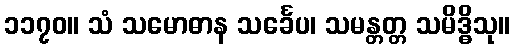
၁၁၇၀။ သံ သမောဓာန သင်္ခေပ၊ သမန္တတ္တ သမိဒ္ဓိသု။